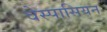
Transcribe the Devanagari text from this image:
वेस्पासियन